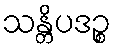
သန္တိပဒဉ္စ